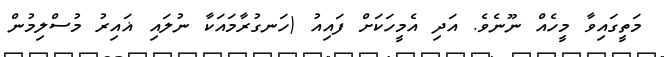
މަތީގައިވާ މީހެއް ނޫނެވެ. އަދި އެމީހަކަށް ފައިއު (ހަނގުރާމައަކާ ނުލައި ޣައިރު މުސްލިމުން